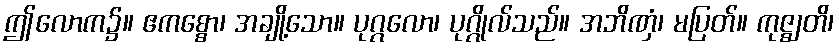
ဤလောက၌။ ဧကစ္စော၊ အချို့သော။ ပုဂ္ဂလော၊ ပုဂ္ဂိုလ်သည်။ အဘိဏှံ၊ မပြတ်။ ကုဇ္ဈတိ၊